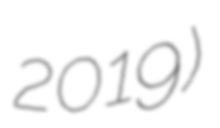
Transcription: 2019)